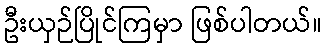
ဦးယှဉ်ပြိုင်ကြမှာ ဖြစ်ပါတယ်။